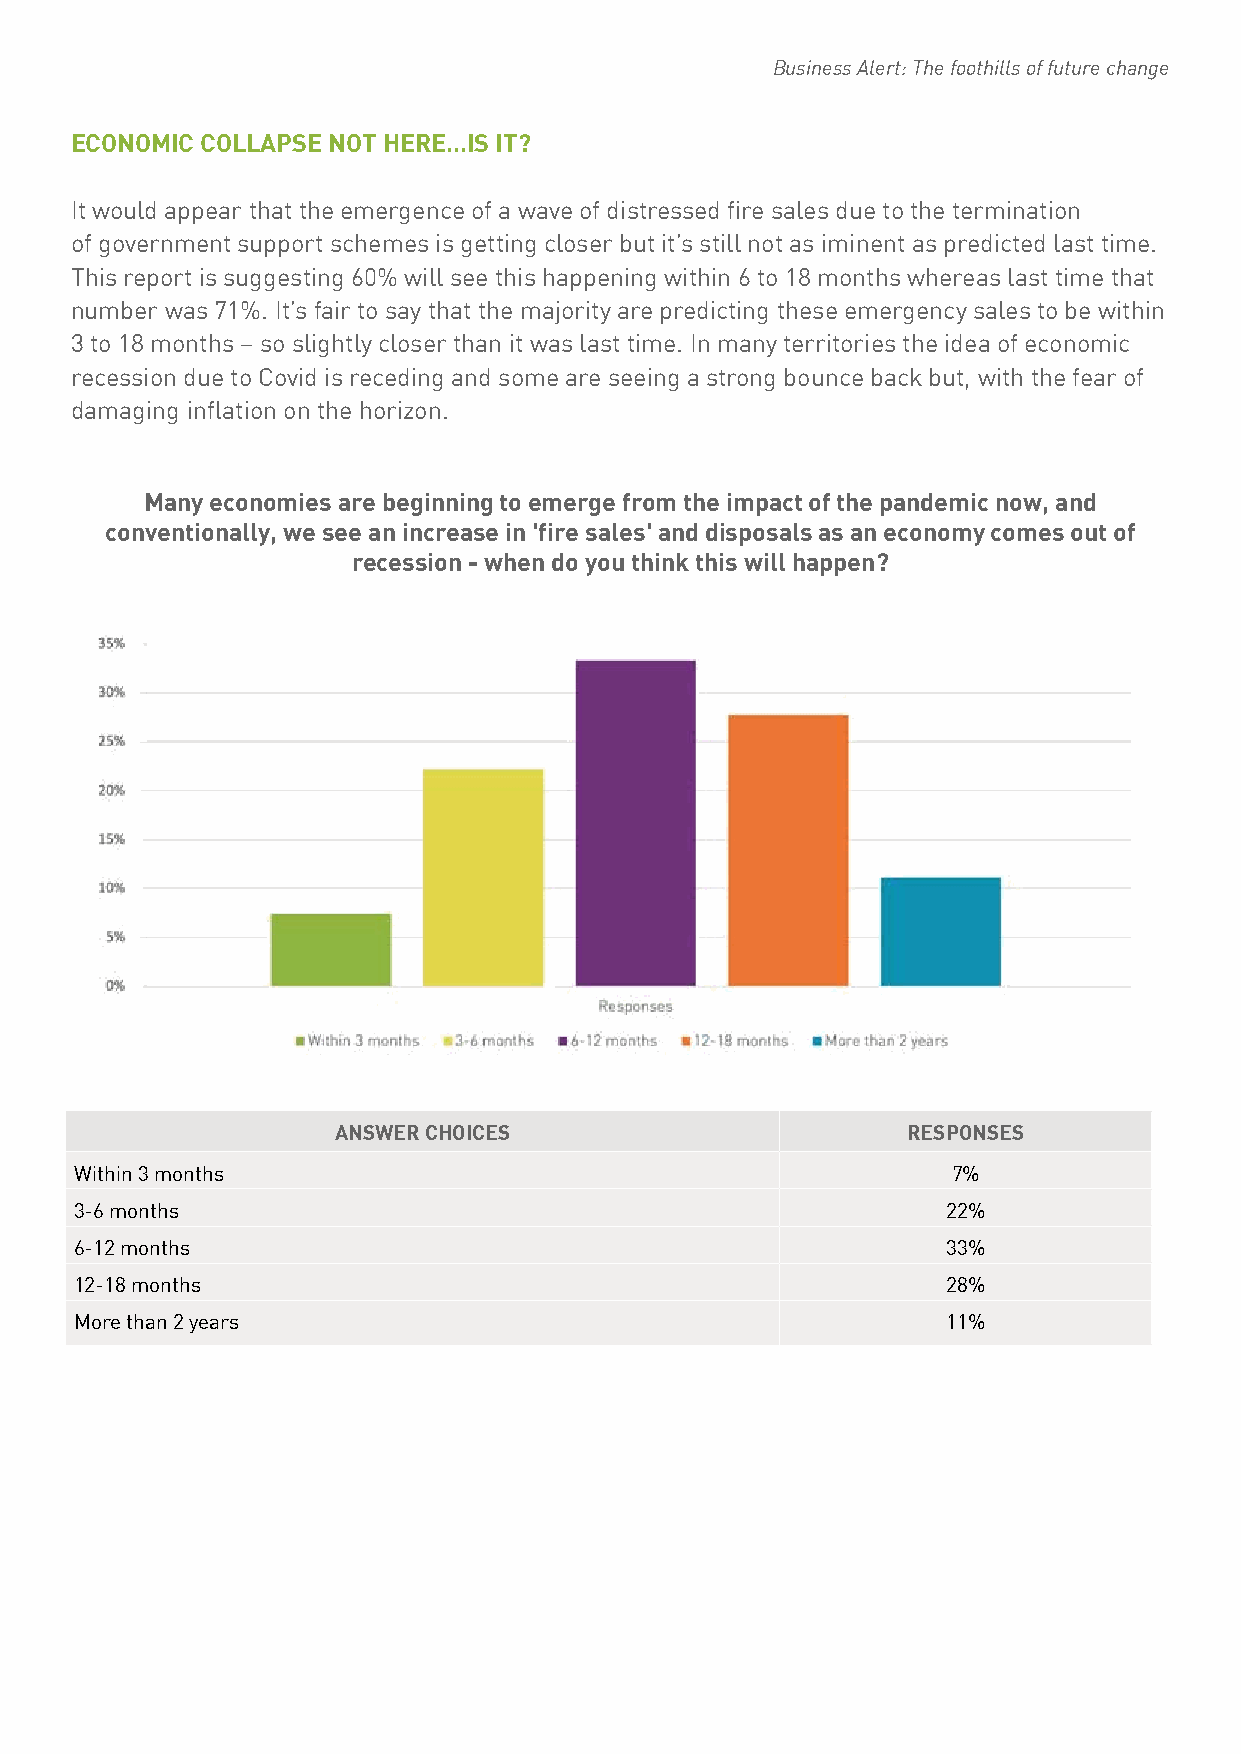
Business Alert: The foothills of future change
 ECONOMIC COLLAPSE NOT HERE…IS IT?
 It would appear that the emergence of a wave of distressed fire sales due to the termination
 of government support schemes is getting closer but it’s still not as iminent as predicted last time.
 This report is suggesting 60% will see this happening within 6 to 18 months whereas last time that
 number was 71%. It’s fair to say that the majority are predicting these emergency sales to be within
 3 to 18 months – so slightly closer than it was last time. In many territories the idea of economic
 recession due to Covid is receding and some are seeing a strong bounce back but, with the fear of
 damaging inflation on the horizon.
 Many economies are beginning to emerge from the impact of the pandemic now, and
 conventionally, we see an increase in 'fire sales' and disposals as an economy comes out of
 recession - when do you think this will happen?
 ANSWER CHOICES                        RESPONSES
 Within 3 months                                           7%
 3-6 months                                                22%
 6-12 months                                               33%
 12-18 months                                              28%
 More than 2 years                                         11%